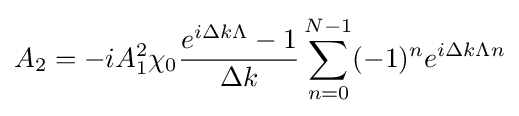
A_{2}=-iA_{1}^{2}\chi _{0}{\frac {e^{i\Delta k\Lambda }-1}{\Delta k}}\sum _{n=0}^{N-1}(-1)^{n}e^{i\Delta k\Lambda n}